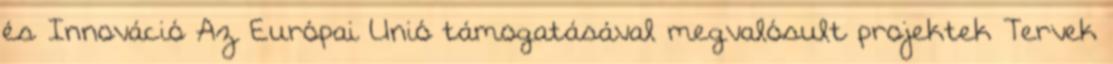
és Innováció Az Európai Unió támogatásával megvalósult projektek Tervek